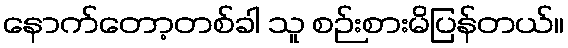
နောက်တော့တစ်ခါ သူ စဉ်းစားမိပြန်တယ်။